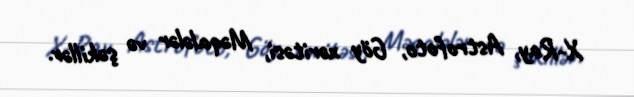
X-Ray, Astrofoto, Göy xəritəsi, Məqalələr və şəkillər.